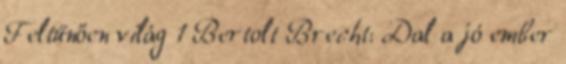
Feltűnően világ 1 Bertolt Brecht: Dal a jó ember